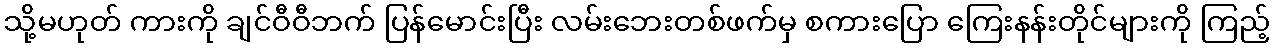
သို့မဟုတ် ကားကို ချင်ဝီဝီဘက် ပြန်မောင်းပြီး လမ်းဘေးတစ်ဖက်မှ စကားပြော ကြေးနန်းတိုင်များကို ကြည့်